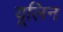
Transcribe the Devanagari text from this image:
यूलिन